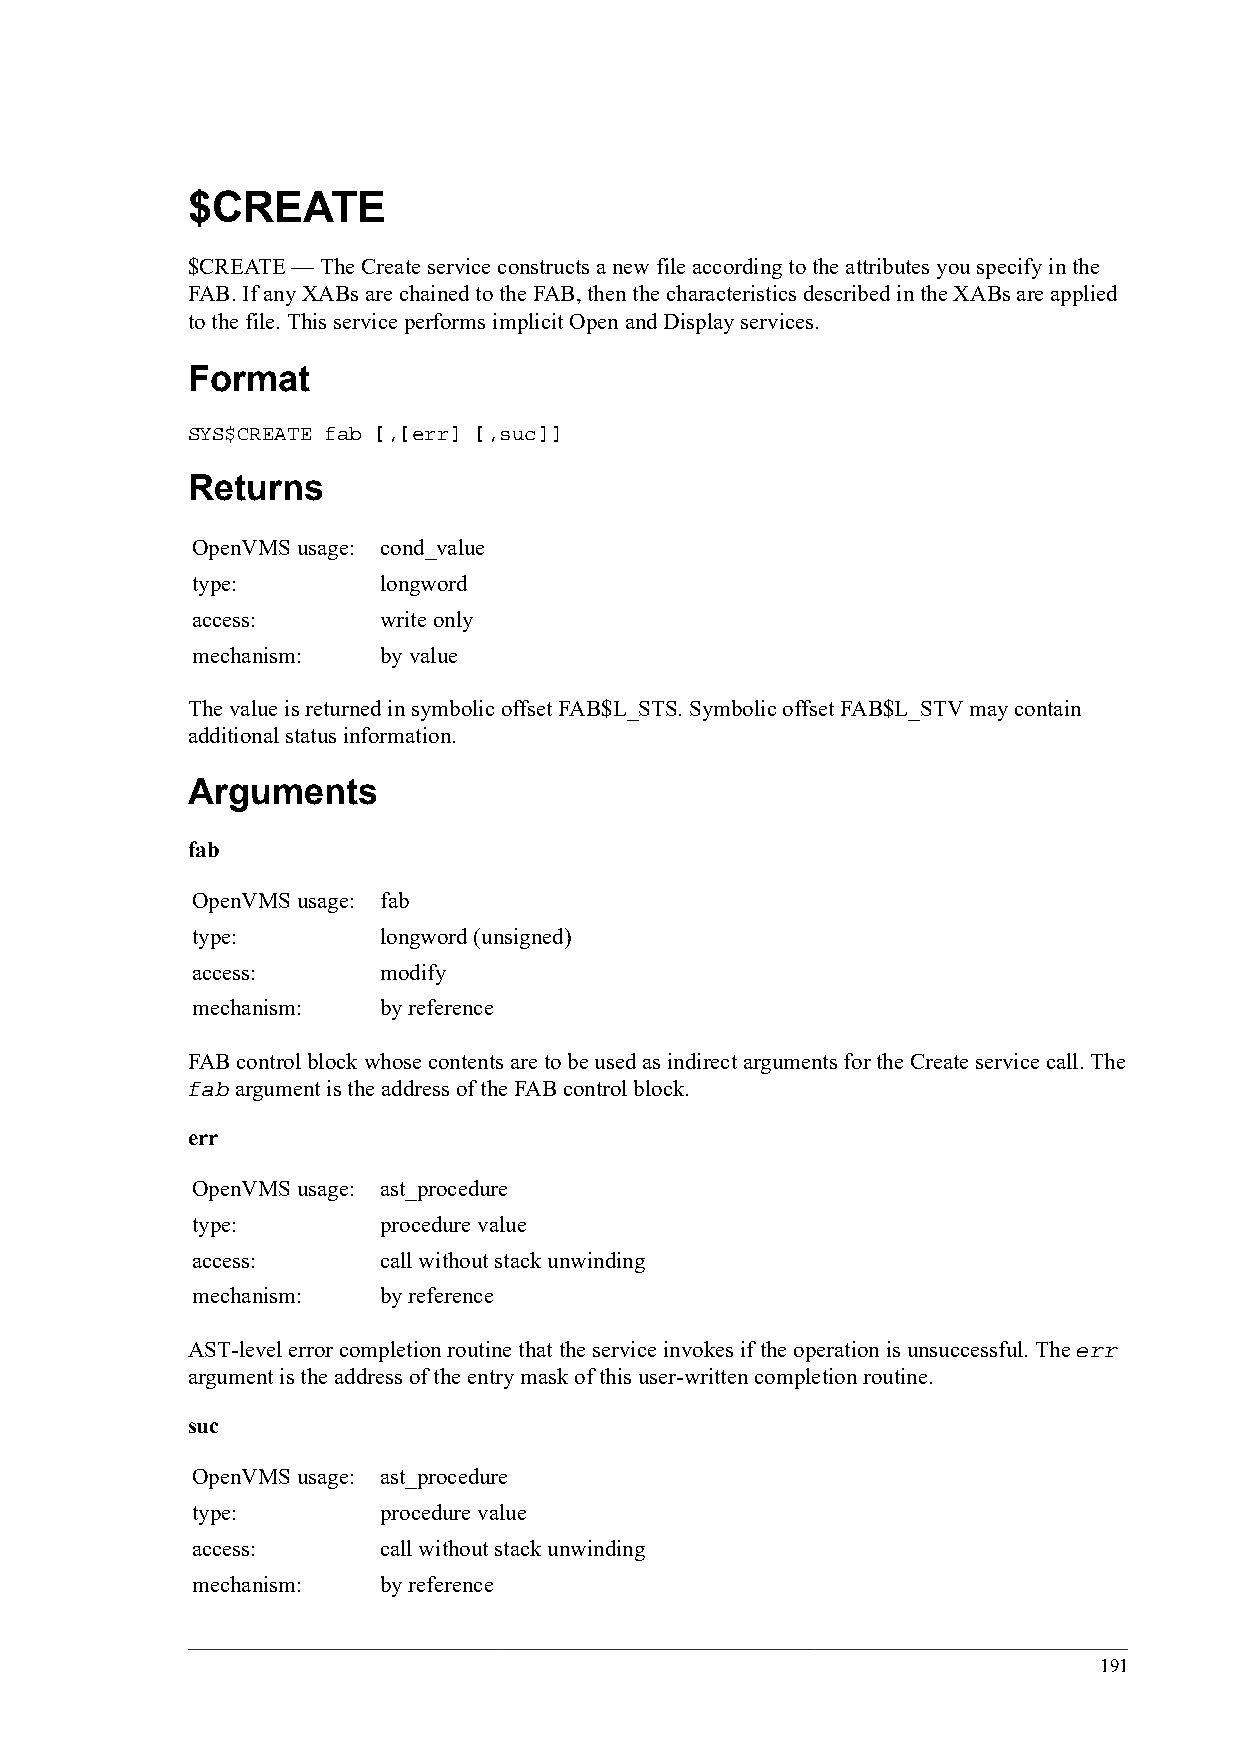
$CREATE
 $CREATE — The Create service constructs a new file according to the attributes you specify in the
 FAB. If any XABs are chained to the FAB, then the characteristics described in the XABs are applied
 to the file. This service performs implicit Open and Display services.
 Format
 SYS$CREATE fab [,[err] [,suc]]
 Returns
 OpenVMS usage: cond_value
 type:       longword
 access:     write only
 mechanism:  by value
 The value is returned in symbolic offset FAB$L_STS. Symbolic offset FAB$L_STV may contain
 additional status information.
 Arguments
 fab
 OpenVMS usage: fab
 type:       longword (unsigned)
 access:     modify
 mechanism:  by reference
 FAB control block whose contents are to be used as indirect arguments for the Create service call. The
 fab argument is the address of the FAB control block.
 err
 OpenVMS usage: ast_procedure
 type:       procedure value
 access:     call without stack unwinding
 mechanism:  by reference
 AST-level error completion routine that the service invokes if the operation is unsuccessful. The err
 argument is the address of the entry mask of this user-written completion routine.
 suc
 OpenVMS usage: ast_procedure
 type:       procedure value
 access:     call without stack unwinding
 mechanism:  by reference
 191